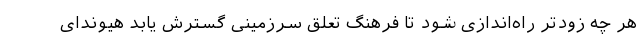
هر چه زودتر راه‌اندازی شود تا فرهنگ تعلق سرزمینی گسترش یابد هیوندای